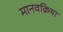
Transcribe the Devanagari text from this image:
मानवक्रिया